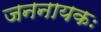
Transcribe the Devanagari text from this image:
जननायकः